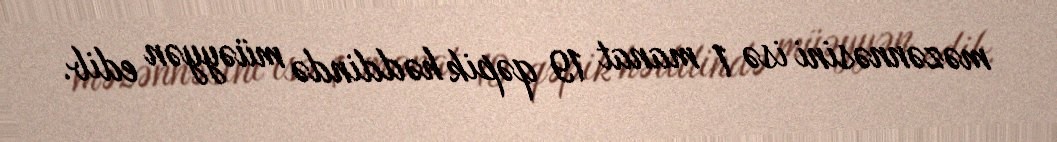
məzənnəsini isə 1 manat 19 qəpik həddində müəyyən edib.